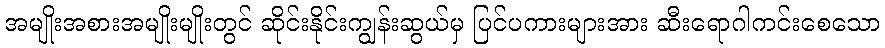
အမျိုးအစားအမျိုးမျိုးတွင် ဆိုင်းနိုင်းကျွန်းဆွယ်မှ ပြင်ပကားများအား ဆီးရောဂါကင်းစေသော